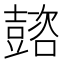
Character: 𡕆